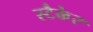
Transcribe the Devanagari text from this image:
स्टैकेर